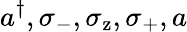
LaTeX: a^{\dagger},\sigma_{\mathrm{-}},\sigma_{\mathrm{z}},\sigma_{\mathrm{+}},a